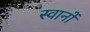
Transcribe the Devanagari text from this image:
स्वानों